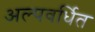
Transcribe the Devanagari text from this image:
अल्पवर्धित